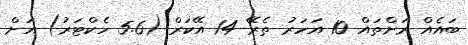
ބައެއް ރަށްތައް 10 އަހަރު ތެރޭ 14 އޭކަރް (5.6 ހެކްޓަރު) އަށް